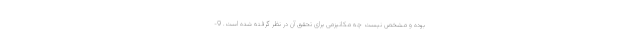
بوده و مشخص نیست چه مکانیزمی برای تحقق آن در نظر گرفته شده است. 9-